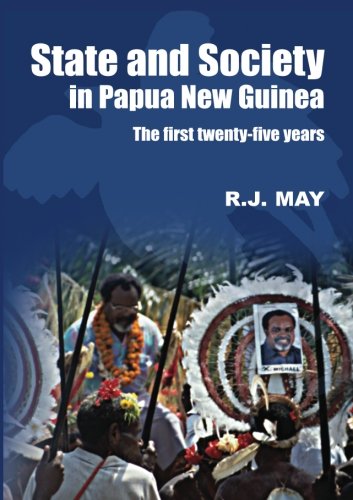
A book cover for State and Society in Papua New Guinea: The First Twenty-Five Years; R.J. May; History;